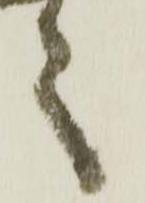
言